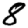
Digit: 8